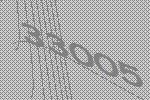
33005